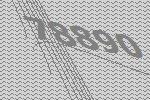
78890